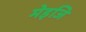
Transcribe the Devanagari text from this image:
मेइजि